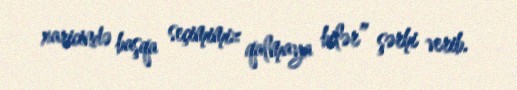
xaricində başqa seçimimiz qalmaya bilər” şərhi verib.